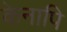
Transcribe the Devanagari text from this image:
केनापि